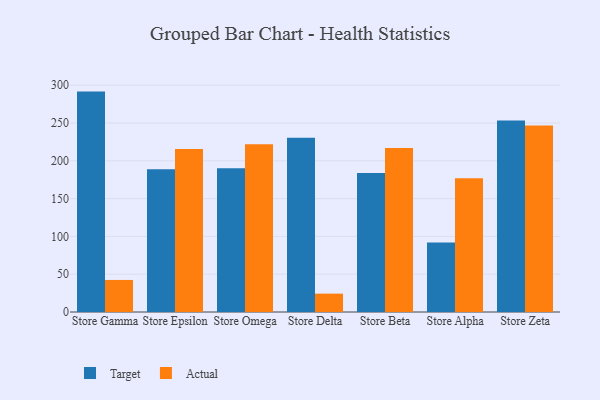
{"axis": {"x": "Store", "y": "Inventory Turnover"}, "legend": ["Actual", "Target"], "data": [{"x": "Store Gamma", "y": 291.6, "type": "Target"}, {"x": "Store Gamma", "y": 42.4, "type": "Actual"}, {"x": "Store Epsilon", "y": 188.9, "type": "Target"}, {"x": "Store Epsilon", "y": 215.8, "type": "Actual"}, {"x": "Store Omega", "y": 190.1, "type": "Target"}, {"x": "Store Omega", "y": 222.1, "type": "Actual"}, {"x": "Store Delta", "y": 230.6, "type": "Target"}, {"x": "Store Delta", "y": 24.3, "type": "Actual"}, {"x": "Store Beta", "y": 183.8, "type": "Target"}, {"x": "Store Beta", "y": 216.9, "type": "Actual"}, {"x": "Store Alpha", "y": 92.1, "type": "Target"}, {"x": "Store Alpha", "y": 176.9, "type": "Actual"}, {"x": "Store Zeta", "y": 253.4, "type": "Target"}, {"x": "Store Zeta", "y": 246.6, "type": "Actual"}]}